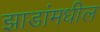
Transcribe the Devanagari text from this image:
झाडांमधील